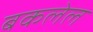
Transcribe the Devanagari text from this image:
बकलेल